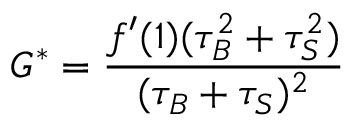
G ^ { * } = \frac { f ^ { \prime } ( 1 ) ( \tau _ { B } ^ { 2 } + \tau _ { S } ^ { 2 } ) } { ( \tau _ { B } + \tau _ { S } ) ^ { 2 } }